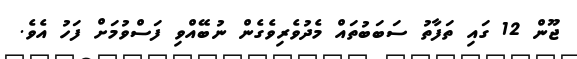
ޖޫން 12 ގައި ތަފާތު ސަބަބުތައް މެދުވެރިވެގެން ނުބޭއްވި ފަސްވުމަށް ފަހު އެވެ.